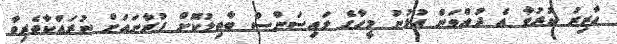
ހާޒިރު ކުރުވާ އެ ދުއްވަން އުޅުނު މީހާގެ ލައިސަންސް ބާތިލުކޮށް ފުރާނައަށް ނުރައްކާތެރިވާ